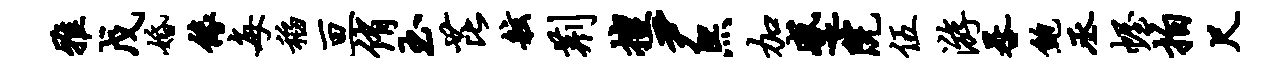
雅戊婚缘每稻亘侑玉芘舷荆擅尹熙加蹙院伍游晷鲍丞幄拍尺